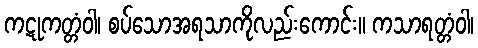
ကဋုကတ္တံဝါ၊ စပ်သောအရသာကိုလည်းကောင်း။ ကသာရတ္တံဝါ၊